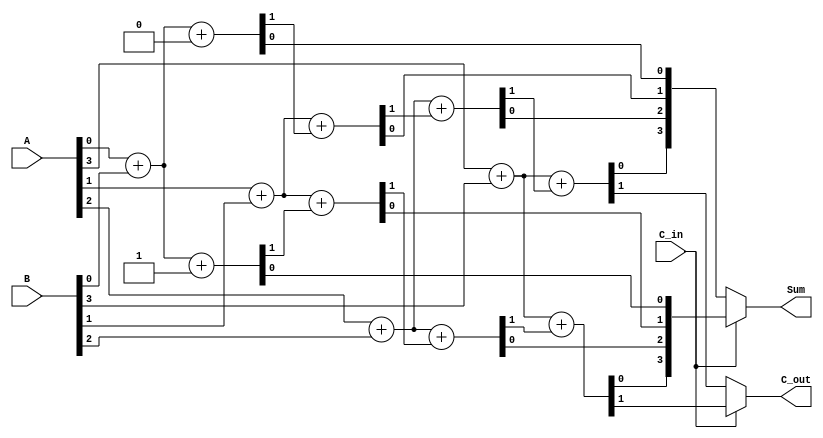
module CarrySelectAdder #(parameter N = 4) (
    input [N-1:0] A,       // First operand
    input [N-1:0] B,       // Second operand
    input C_in,            // Carry input
    output [N-1:0] Sum,    // Sum output
    output C_out           // Carry output
);

    // Internal wires for sum and carry
    wire [N-1:0] S0, S1;   // Sums when C_in is 0 and 1
    wire [N-1:0] C0, C1;   // Carry outputs when C_in is 0 and 1
    wire [N-1:0] C;        // Carry selection

    // Generate full adder logic for C_in = 0
    genvar i;
    generate
        for (i = 0; i < N; i = i + 1) begin : FA_C0
            if (i == 0) begin
                assign {C0[i], S0[i]} = A[i] + B[i] + 1'b0; // C_in = 0
            end else begin
                assign {C0[i], S0[i]} = A[i] + B[i] + C0[i-1];
            end
        end
    endgenerate

    // Generate full adder logic for C_in = 1
    generate
        for (i = 0; i < N; i = i + 1) begin : FA_C1
            if (i == 0) begin
                assign {C1[i], S1[i]} = A[i] + B[i] + 1'b1; // C_in = 1
            end else begin
                assign {C1[i], S1[i]} = A[i] + B[i] + C1[i-1];
            end
        end
    endgenerate

    // Selector logic for Sum and Carry Out
    assign Sum = (C_in == 1'b0) ? S0 : S1;
    assign C_out = (C_in == 1'b0) ? C0[N-1] : C1[N-1];

endmodule